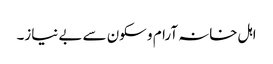
اہل خانہ آرام و سکون سے بے نیاز۔